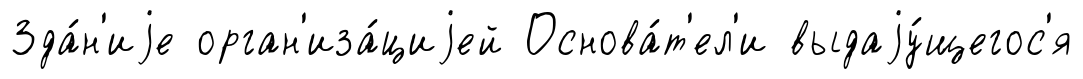
Зда́н'иjе орган'иза́циjей Основа́т'ел'и выдаjу́щегос'я